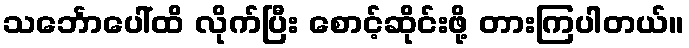
သင်္ဘောပေါ်ထိ လိုက်ပြီး စောင့်ဆိုင်းဖို့ တားကြပါတယ်။